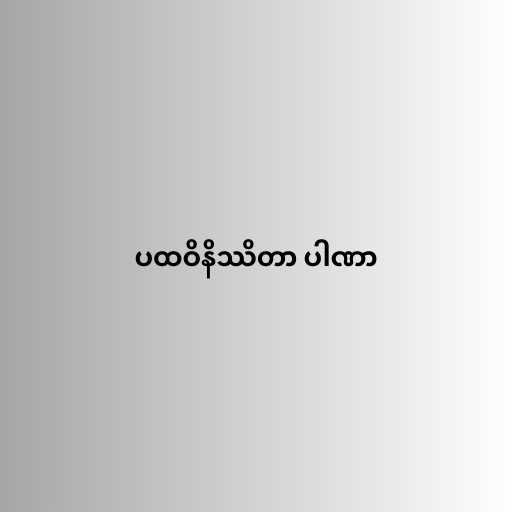
ပထဝိနိဿိတာ ပါဏာ